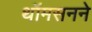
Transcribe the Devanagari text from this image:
थॉमसनने